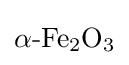
{\mathrm {\alpha } {\text{-}}\mathrm {Fe} {\vphantom {A}}_{\smash[{t}]{2}}\mathrm {O} {\vphantom {A}}_{\smash[{t}]{3}}}